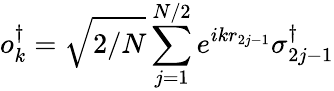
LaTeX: o_{k}^{\dagger}=\sqrt{2/N}\sum_{j=1}^{N/2}e^{ikr_{2j-1}}\sigma_{2j-1}^{\dagger}